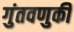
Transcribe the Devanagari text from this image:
गुंतवणुकी